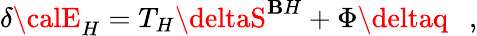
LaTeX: \delta{\calE}_{H}=T_{H}\deltaS^{\mathbf{B}H}+\Phi\deltaq~~~,